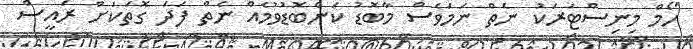
ހޯމް މިނިސްޓަރަކު ނެތް ނަމަވެސް މާބޮޑު ކަންބޮޑުވުމެއް ނެތް ފަދަ ގޮތަކަށް ރައީސް